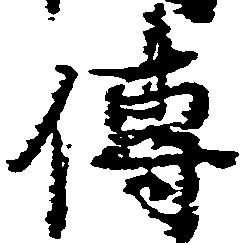
伝